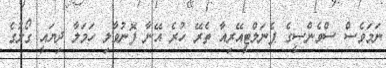
ނަމަވެސް ސްވެންސީގެ ޕެނަލްޓީއޭރިއާ ތެރޭ ހުރެ އޭނާ ފޮނުވާލި ހަމަލާ ދިޔައީ ގޯލުގެ